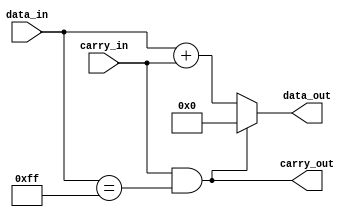
/*
*                                        INCREMENT_LOGIC
*
*                                   Copyright (c) 2021 Kevin Lynch
*                             This file is licensed under the MIT license
*
* Increment logic
* adds carry_in to data_in to create  data_out and carry_out
*/
module increment_logic(carry_in, data_in, data_out, carry_out);
  input carry_in;
  input [7:0] data_in;
  output [7:0] data_out;
  output carry_out;

  assign carry_out = carry_in & (data_in == 8'hFF); //overflow
  assign data_out = (carry_out) ? 0 : (data_in + carry_in);

endmodule